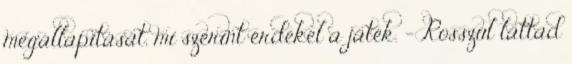
megállapítását, mi szerint érdekel a játék. - Rosszul láttad